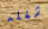
شغله